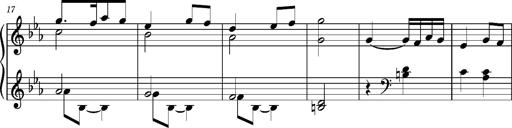
Title: La cloche sonne
Composer: Franz Liszt